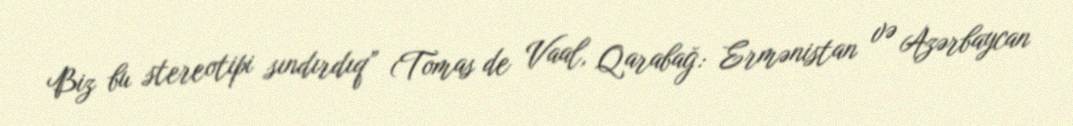
Biz bu stereotipi sındırdıq” (Tomas de Vaal, Qarabağ: Ermənistan və Azərbaycan